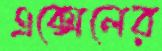
এক্সেলের